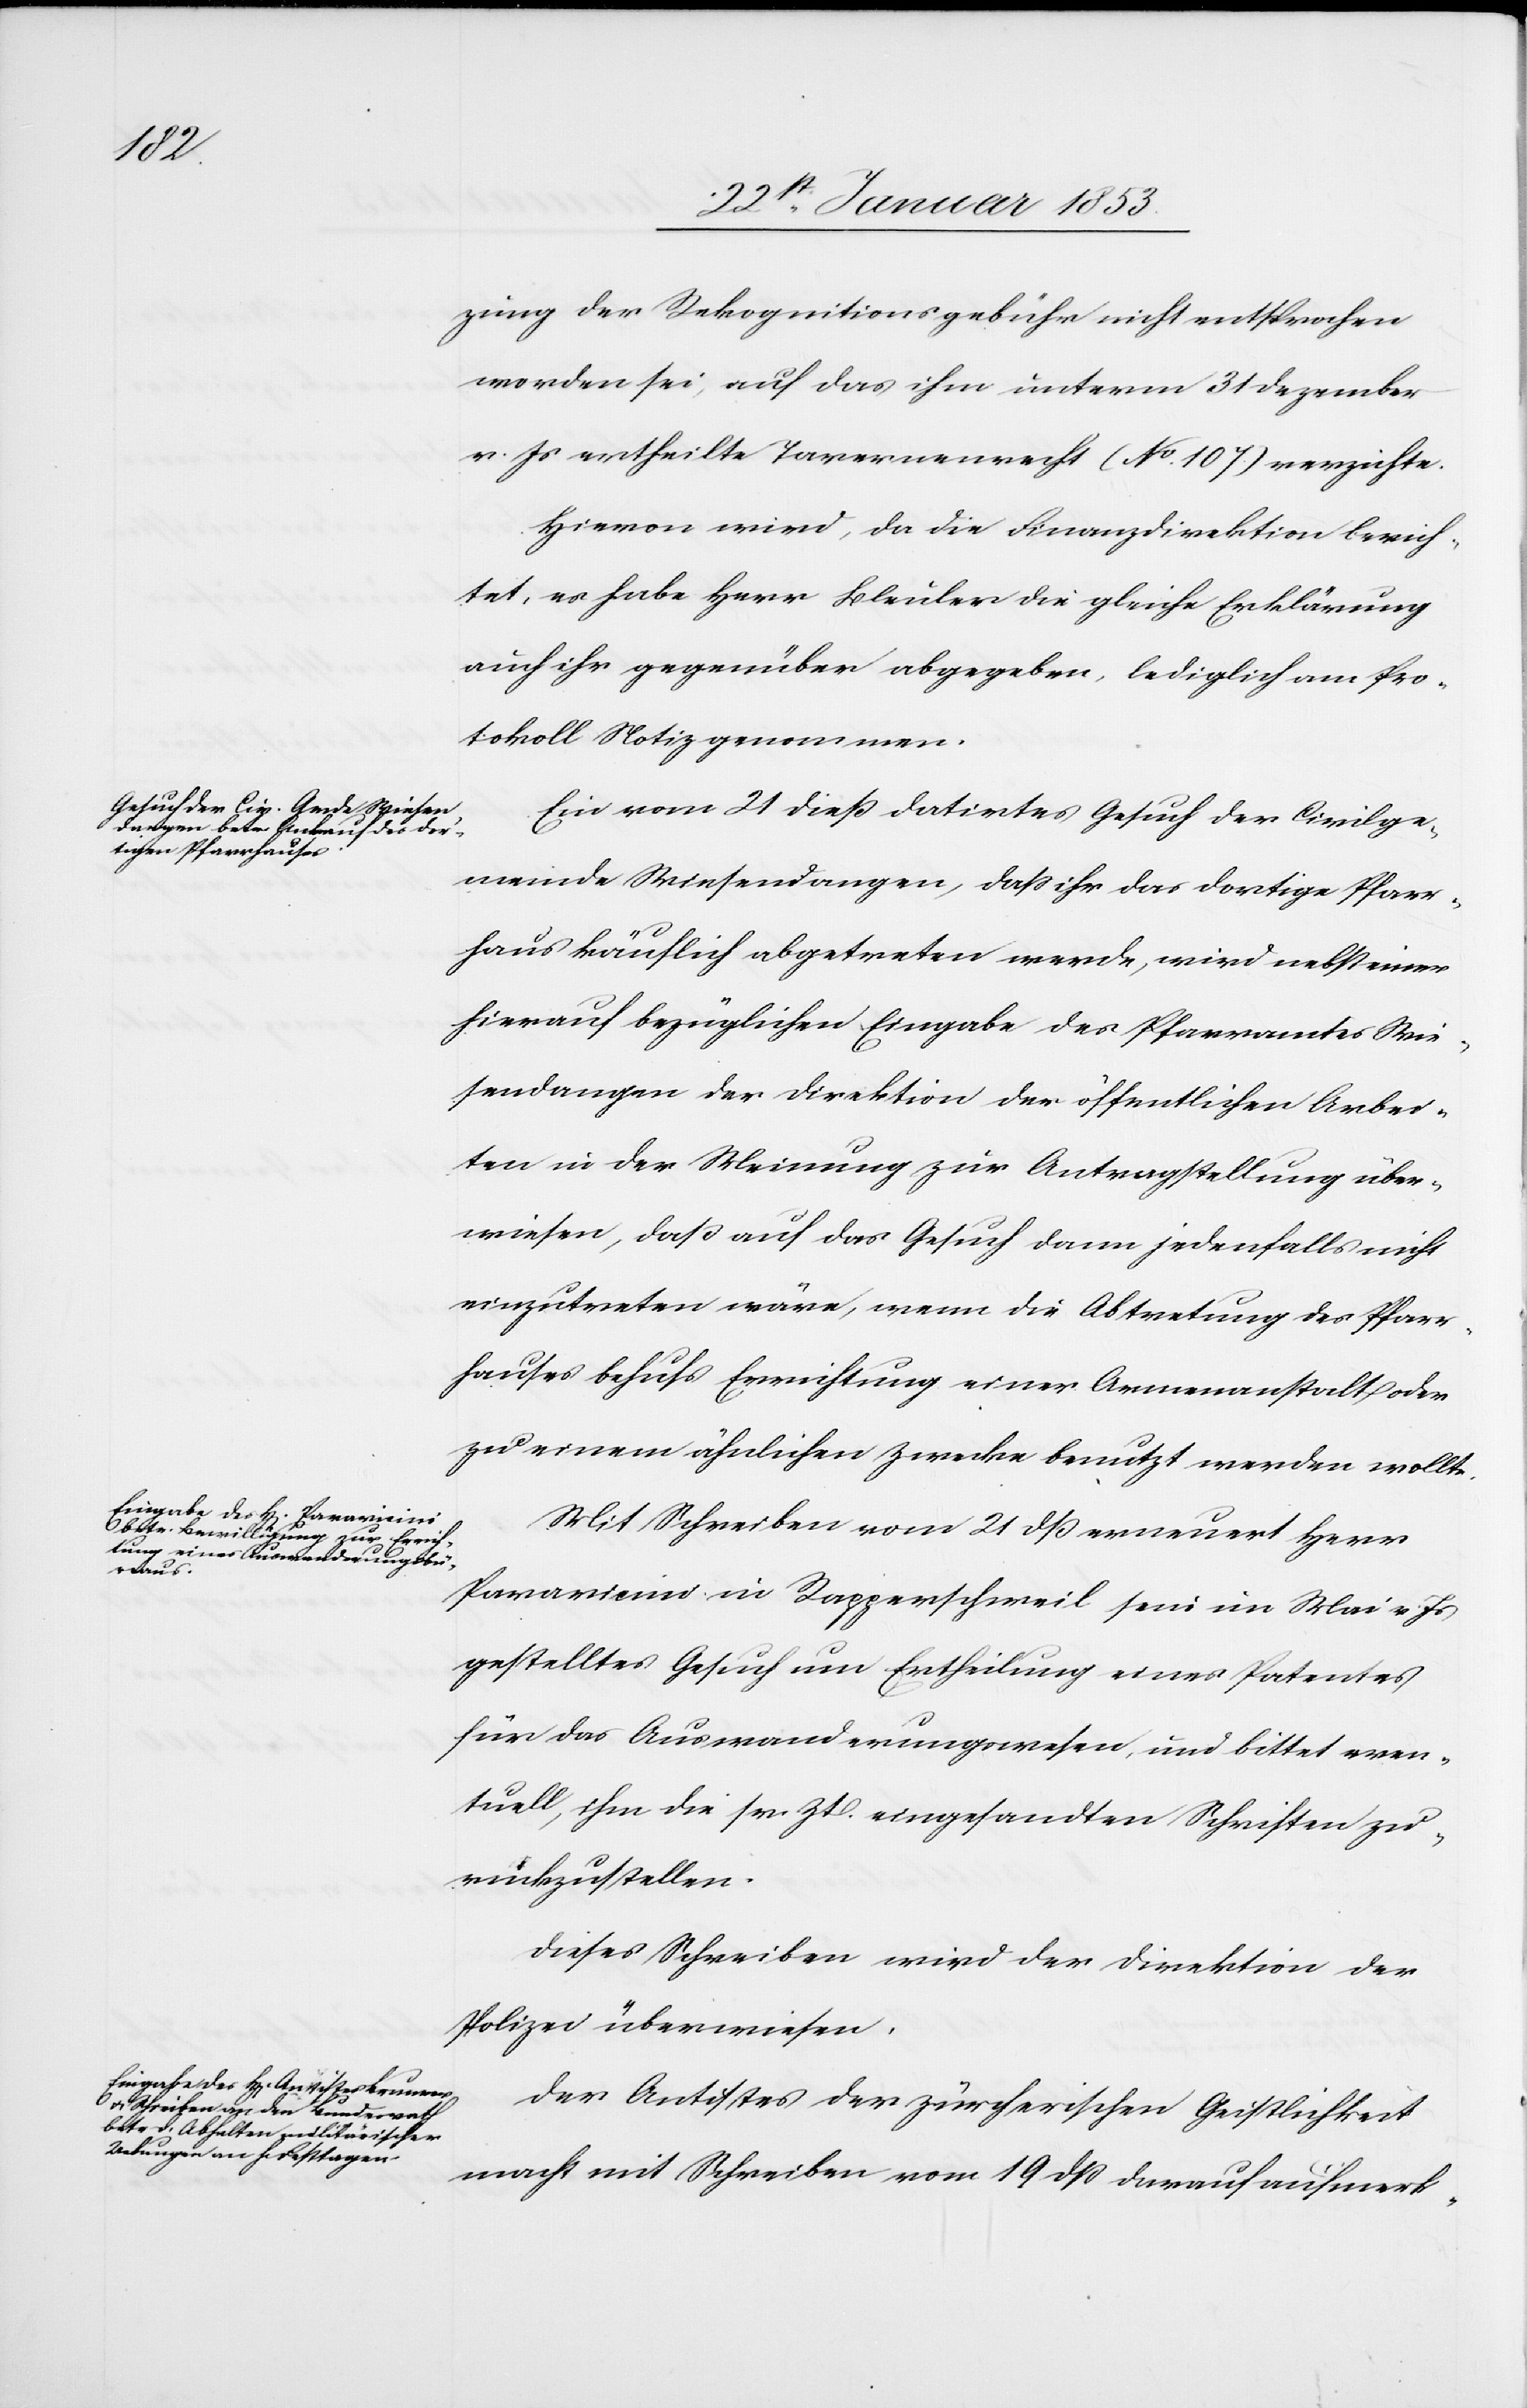
zung der Rekognitionsgebühr nicht entsprochen
worden sei, auf das ihm unterm 31 Dezember
v. Js. ertheilte Tavernenrecht (No. 107) verzichte.
Hievon wird, da die Finanzdirektion berich¬
tet, es habe Herr Bleuler die gleiche Erklärung
auch ihr gegenüber abgegeben, lediglich am Pro¬
tokoll Notiz genommen.
Ein vom 21 dieß datirtes Gesuch der Civilge¬
meinde Wiesendangen, daß ihr das dortige Pfarr¬
haus käuflich abgetreten werde, wird nebst einer
hierauf bezüglichen Eingabe des Pfarramtes Wie¬
sendangen der Direktion der öffentlichen Arbei¬
ten in der Meinung zur Antragstellung über¬
wiesen, daß auf das Gesuch dann jedenfalls nicht
einzutreten wäre, wenn die Abtretung des Pfarr¬
hauses behufs Errichtung einer Armenanstalt oder
zu einem ähnlichen Zwecke benutzt werden wollte.
Mit Schreiben vom 21 dß erneuert Herr
Paravicini in Rappertschweil sein im Mai v. Js.
gestelltes Gesuch um Ertheilung eines Patentes
für das Auswanderungswesen, und bittet even¬
tuell, ihm die sr. Zt. eingesandten Schriften zu¬
rückzustellen.
Dieses Schreiben wird der Direktion der
Polizei überwiesen.
Der Antistes der zürcherischen Geistlichkeit
macht mit Schreiben vom 19 dß darauf aufmerk-